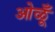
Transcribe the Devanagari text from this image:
ओळूँ